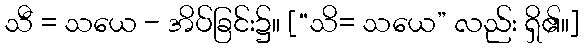
သီ = သယေ - အိပ်ခြင်း၌။ [“သိ= သယေ” လည်း ရှိ၏။]